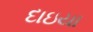
દાઇયા